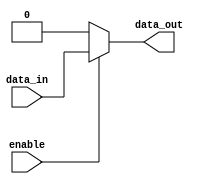
module buffer_enable (
    input wire data_in,
    input wire enable,
    output reg data_out
);

always @(*) begin
    if (enable) begin
        data_out = data_in;
    end else begin
        data_out = 1'b0; // Set output to a constant value when enable is low
    end
end

endmodule